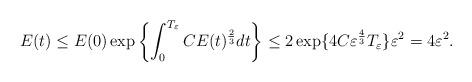
LaTeX: \begin{align*}E(t)\le E(0)\exp\left\{\int_0^{T_\varepsilon} CE(t)^{\frac23} dt\right\}\le 2\exp\{4C\varepsilon^{\frac43}T_\varepsilon\}\varepsilon^2= 4\varepsilon^2.\end{align*}